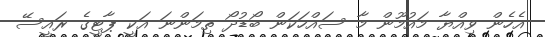
އެހެން ވިއްޔާ މައުމޫން މާ ސައްހަކަން ބޯޑުދޯ ތިމަންނަ އަކީ ޕާޓީގެ ރައީސޭ